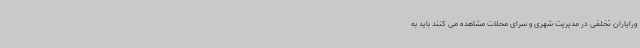
ورایاران تخلفی در مدیریت شهری و سرای محلات مشاهده می کنند باید به